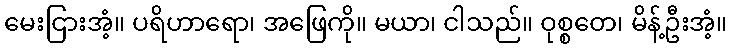
မေးငြားအံ့။ ပရိဟာရော၊ အဖြေကို။ မယာ၊ ငါသည်။ ဝုစ္စတေ၊ မိန့်ဦးအံ့။